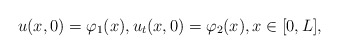
\begin{align*}u(x,0)=\varphi_1 (x),u_t(x,0)=\varphi_2 (x), x \in [0,L],\end{align*}